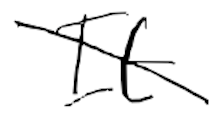
Text: It
Cross-out: diagonal
Writing tool: digital_black